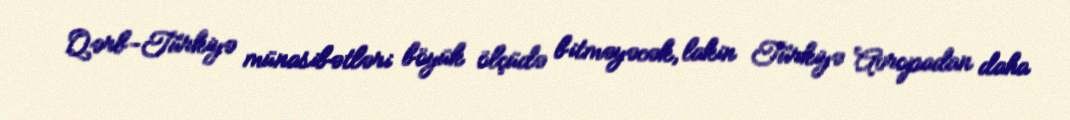
Qərb-Türkiyə münasibətləri böyük ölçüdə bitməyəcək, lakin Türkiyə Avropadan daha